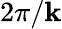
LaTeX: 2\pi/\mathbf{k}